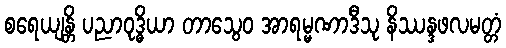
စရေယျန္တိ ပညာဝုဒ္ဓိယာ တာသွေဝ အာရမ္မဏာဒီသု နိဿန္ဒဖလမတ္တံ